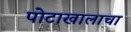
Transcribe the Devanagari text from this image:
पोटाखालाचा